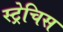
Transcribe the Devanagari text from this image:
स्ट्रेचिस